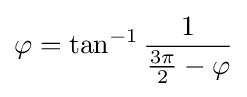
\varphi =\tan ^{-1}{\frac {1}{{\tfrac {3\pi }{2}}-\varphi }}